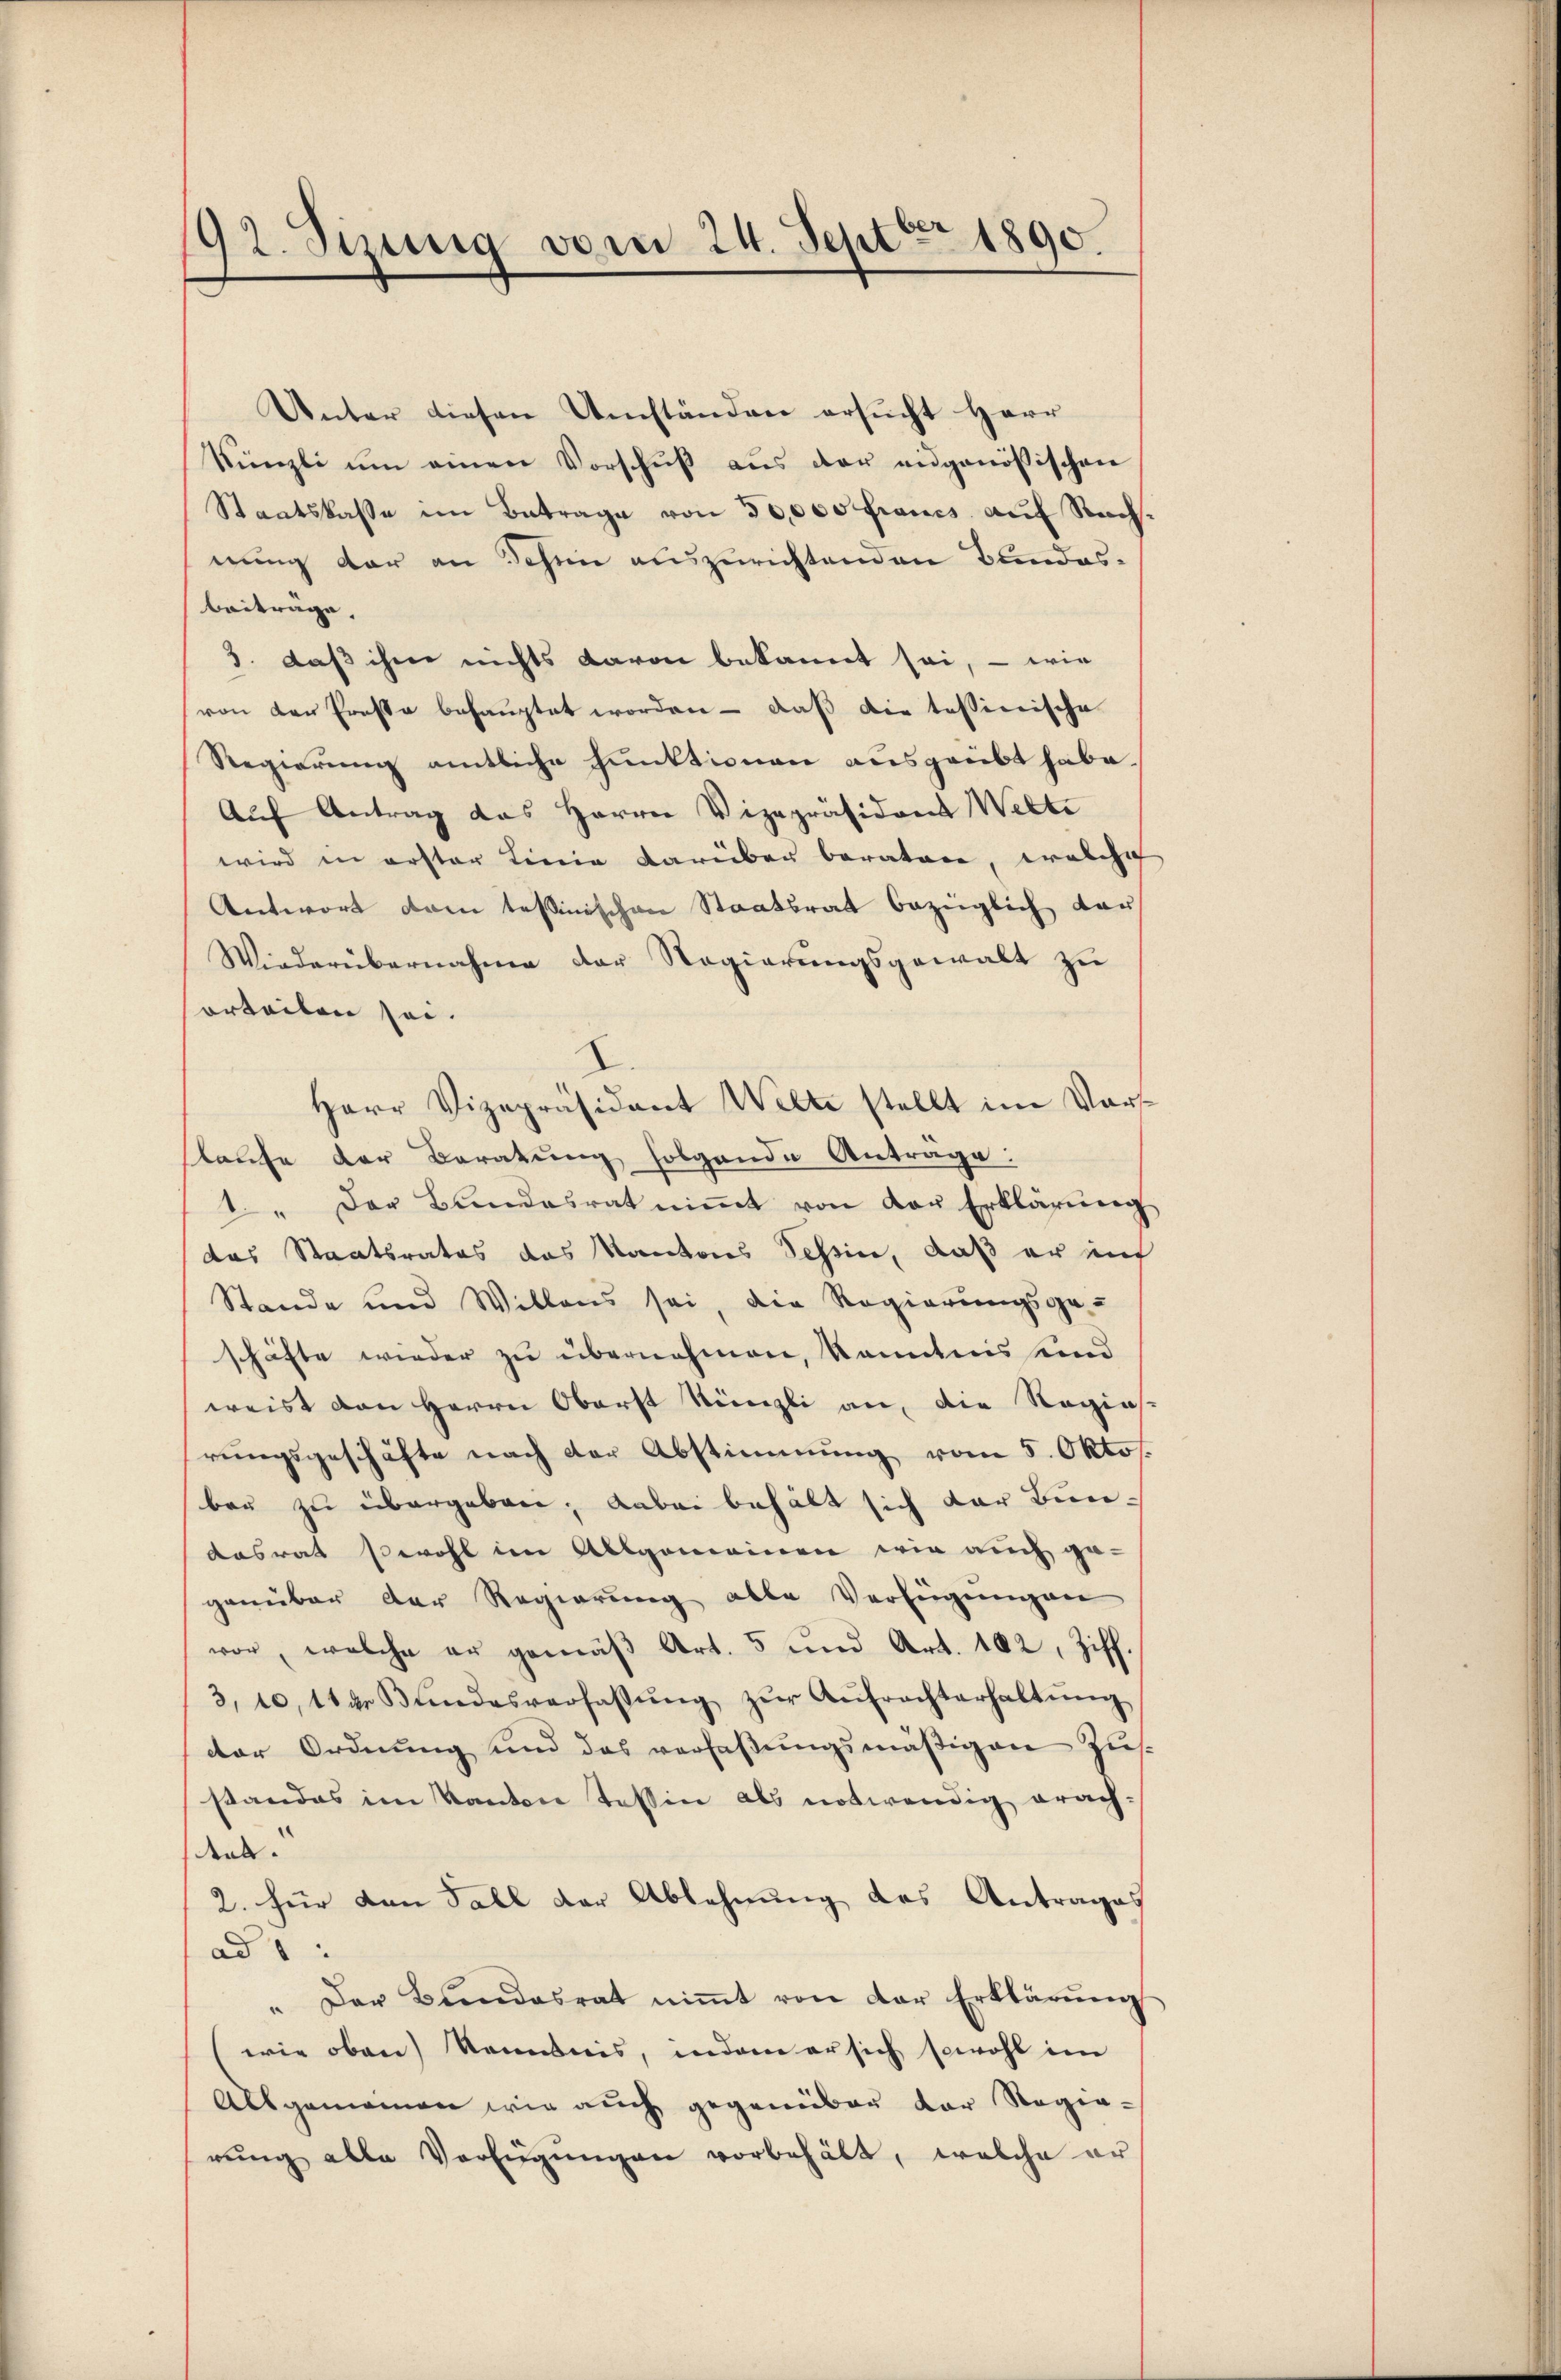
92. Sizung vom 24. Sept. 1890.

Unter diesen Umständen ersucht Herr
Künzli ŭm einen Vorschŭβ aŭs der eidgenössischen
Staatskasse im Betrage von 30,000 francs auf Nach
nung der an Schine auszurichtenden Bundesbeiträge,
3. daß ihm nichts davon bekannt sei, - wie
von der Ernste behauptet worden - daβ die tessinische
Regierung amtliche Funktionen ausgeübt habe.
Auf Antrag das Herren Vizepräsidors Welti
wird in erster Linie darüber beratore, welche
Antwort dem tessinischen Staatsrat bezüglich dar
Wiederübernahme der Regierungsgewalt zu
orteilen sei.
Herr Vizepräsident Welte stellt im Vor-
laŭfe der Beratŭng folgende Antrage:
1. " Der Bundesrat niṁt von der Erklärung
das Staatsrates das Kantons Tessin, daß er auf
Stande und Willens sei, die Regierungsge-
schäfte wieder zu übernehmen, kanntnis eind
weist den Herrn Oberst Künzli an, die Regia
rungsgeschäfte nach der Abstimmung vom 5. Okto
ber zu übergeben; dabei behält sich der Bundasrat sowohl im Allgemeinen wie auch ge-
genüber der Regierung alle Verfügŭngen
vor, welche er gemäβ Art. 5 und Art. 102, Ziff.
3, 10, 114. Bŭndesverfassŭng zŭr Aŭfrechterhaltŭng
der Ordnung und das verlaβŭngsmäßigen Zus.
standes im Kanton Tessin als notwendig erachden.
2. für den Fall der Ablehnung des Antrages
ad 1 :
" Der Bŭndesrat niṁt von der Erklärŭng
wie oben) Kenntnis, indem er sich sowohl im
Allgemeinen wir auch gegenüber der Regierung alle Verfügungen vorbehält, welche er